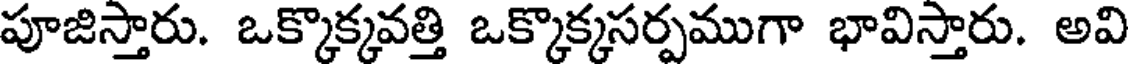
పూజిస్తారు. ఒక్కొక్కవత్తి ఒక్కొక్కసర్పముగా భావిస్తారు. అవి